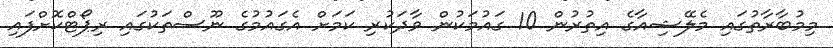
މިމުބާރާތުގައި މެލޭޝިއާގެ އިތުރުން 10 ގައުމަކުން ވާދަކުރި ކަމަށް އެގައުމުގެ ނޫސްތަކުގައި ރިޕޯޓްކޮށްފައި